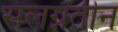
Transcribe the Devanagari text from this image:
संलग्नतीन